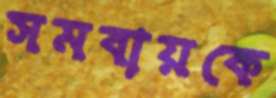
সমবায়কে